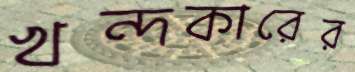
খন্দকারের